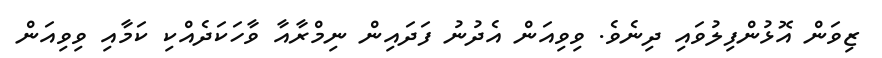
ޒިވަން އޮޅުންފިލުވައި ދިނެވެ. ވިވިއަން އެދުނު ފަދައިން ނިމްރާއާ ވާހަކަދެއްކި ކަމާއި ވިވިއަން